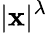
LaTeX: |\mathbf{x}|^{\lambda}